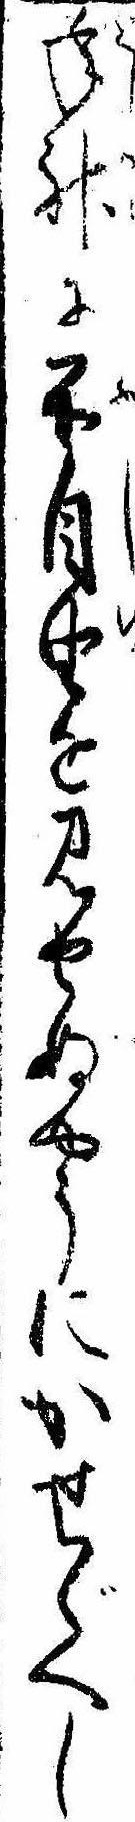
年神に不自由を見せぬやうにかせぐへし